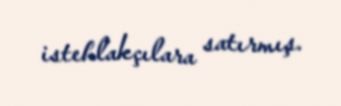
istehlakçılara satırmış.